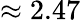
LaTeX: \approx 2.47